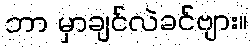
ဘာ မှာချင်လဲခင်ဗျား။